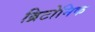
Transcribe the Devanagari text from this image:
ब्रिटोनिक